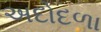
અદોદળા